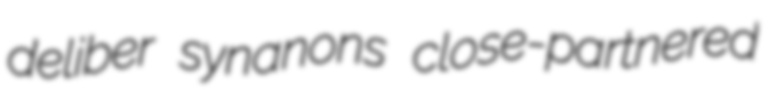
deliber synanons close-partnered